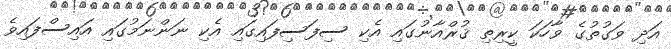
އަދި ވަގުތުގެ ވާހަކަ ކީރިތި ޤުރްއާނުގައި އެކި ސިފަސިފައިގައި އެކި ނަންނަމުގައި އައިސްފައިވެ